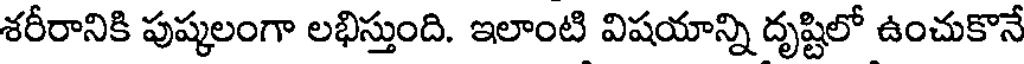
శరీరానికి పుష్కలంగా లభిస్తుంది. ఇలాంటి విషయాన్ని దృష్టిలో ఉంచుకొనే